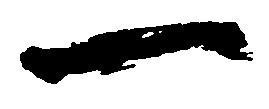
一